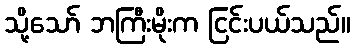
သို့သော် ဘကြီးမိုးက ငြင်းပယ်သည်။